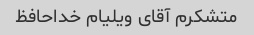
متشکرم آقای ویلیام خداحافظ